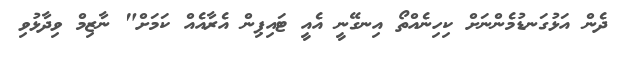
ދެން އަޅުގަނޑުމެންނަށް ކިހިނެއްތޯ އިނގޭނީ އެއީ ޓައިޕިން އެރާއެއް ކަމަށް" ނާޒިމް ވިދާޅުވި